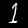
Label: 1